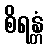
စိရန္တံ